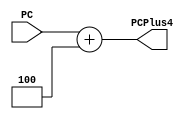
module add_by_4 (
    PC, PCPlus4
);
    input [31:0] PC;
    output wire [31:0] PCPlus4;
    /////////////////////////////////////////////
    assign PCPlus4 = PC + 32'h0004;
endmodule